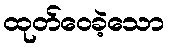
ထုတ်ဝေခဲ့သော